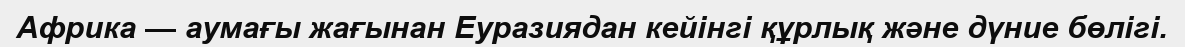
Африка — аумағы жағынан Еуразиядан кейінгі құрлық және дүние бөлігі.